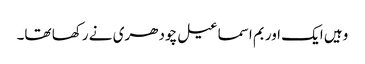
وہیں ایک اور بم اسماعیل چودھری نے رکھا تھا۔